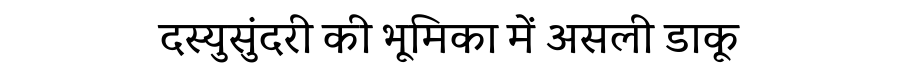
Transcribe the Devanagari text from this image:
दस्युसुंदरी की भूमिका में असली डाकू